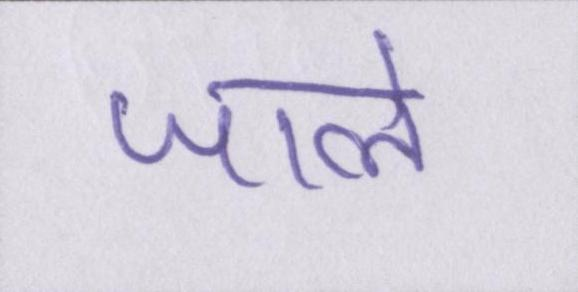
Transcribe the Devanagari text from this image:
जाले